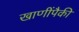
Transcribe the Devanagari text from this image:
खाणींपैकी